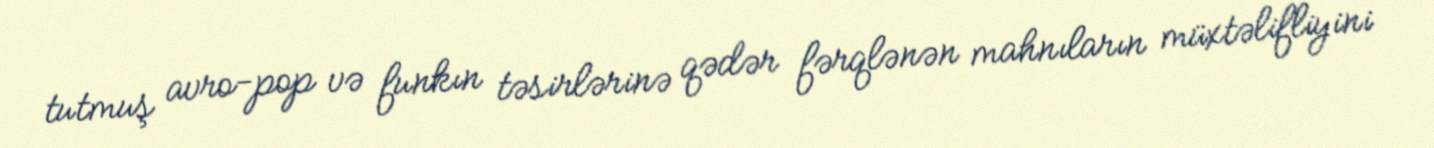
tutmuş avro-pop və funkın təsirlərinə qədər fərqlənən mahnıların müxtəlifliyini